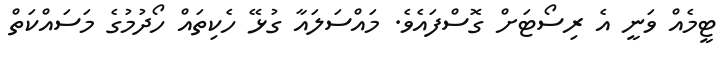
ޓީމެެއް ވަނީ އެ ރިސޯޓަށް ގޮސްފައެވެ. މައްސަލައާ ގުޅޭ ހެކިތައް ހޯދުމުގެ މަސައްކަތް